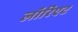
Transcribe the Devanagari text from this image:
लॉरिएट